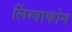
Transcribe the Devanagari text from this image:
लिंग्वाफोन